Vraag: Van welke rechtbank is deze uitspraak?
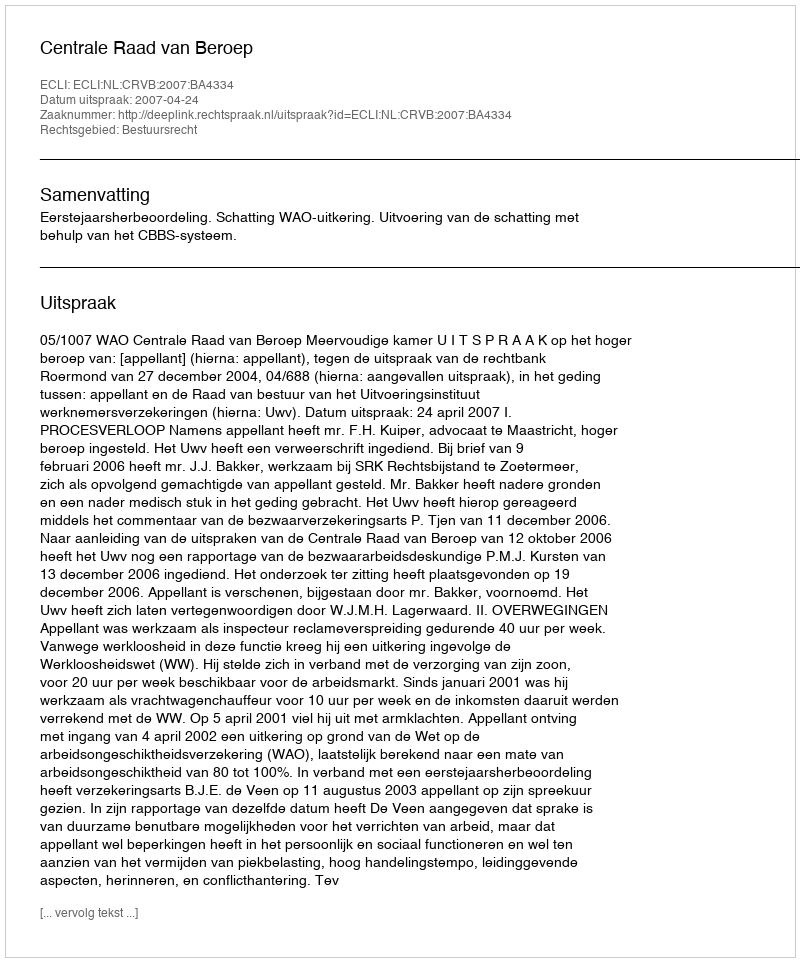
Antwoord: Centrale Raad van Beroep